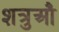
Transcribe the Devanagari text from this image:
शत्रुऔं